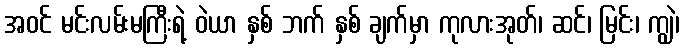
အဝင် မင်းလမ်းမကြီးရဲ့ ဝဲယာ နှစ် ဘက် နှစ် ချက်မှာ ကုလားအုတ်၊ ဆင်၊ မြင်း၊ ကျွဲ၊